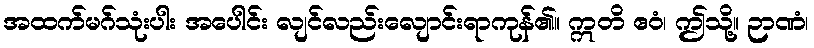
အထက်မဂ်သုံးပါး အပေါင်း လျင်လည်းလျောင်းရာကုန်၏။ ဣတိ ဧဝံ၊ ဤသို့။ ဉာဏံ၊